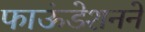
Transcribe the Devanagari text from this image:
फाऊंडेशनने